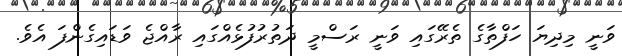
ވަނީ މިދިޔަ ހަފްތާގެ ތެރޭގައި ވަނީ ރަސްމީ ދަތުރުފުޅެއްގައި ރާއްޖެ ވަޑައިގެންފަ އެވެ.